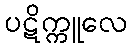
ပဋိက္ကူလေ